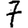
Digit: 7